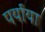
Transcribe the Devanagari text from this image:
पर्याया